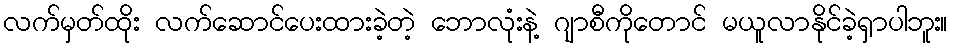
လက်မှတ်ထိုး လက်ဆောင်ပေးထားခဲ့တဲ့ ဘောလုံးနဲ့ ဂျာစီကိုတောင် မယူလာနိုင်ခဲ့ရှာပါဘူး။